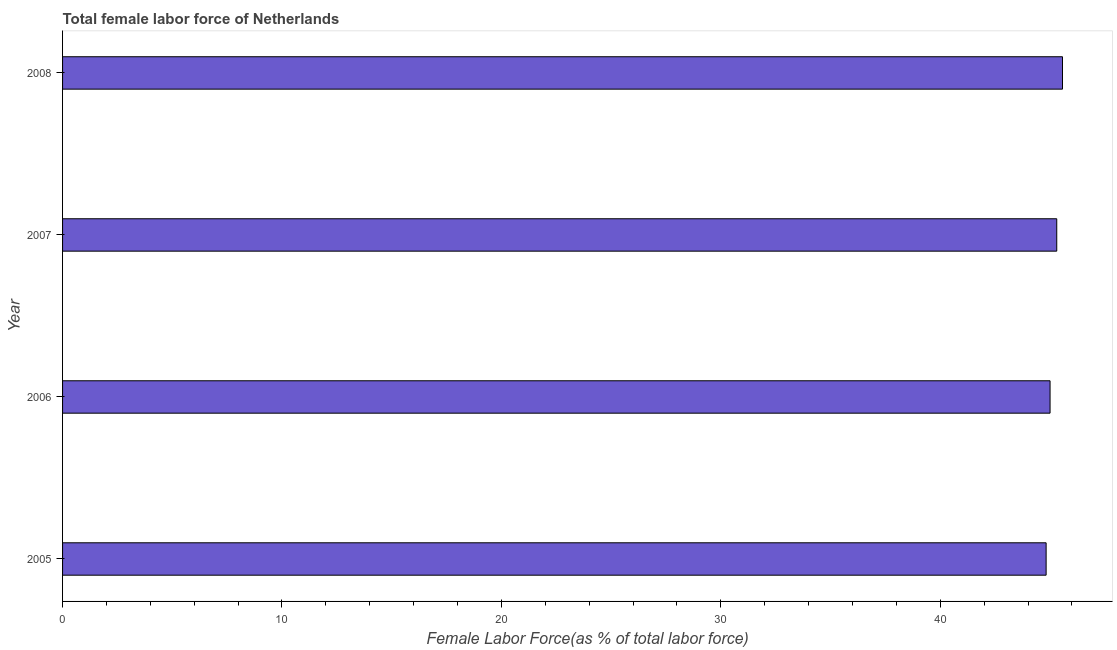
| Year | Female Labor force |
 | --- | --- |
 | 2005 | 44.8 |
 | 2006 | 45 |
 | 2007 | 45.3 |
 | 2008 | 45.6 |